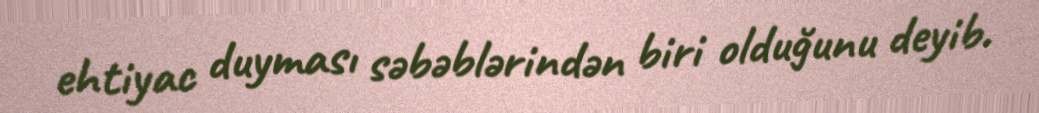
ehtiyac duyması səbəblərindən biri olduğunu deyib.